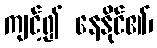
ကျင့်၍ နေနိုင်၏၊